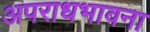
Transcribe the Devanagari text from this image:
अपराधभावना